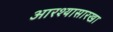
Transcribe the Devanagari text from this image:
आरश्यासारखा